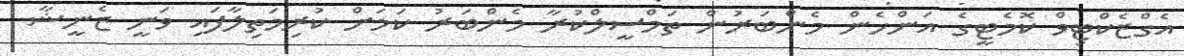
އެގްޒެކްޓިވް ކޮމެޓީގެ އަންހެން މެންބަރުން ތަމްސީލްކުރާ މެންބަރު ކަމަށް ކުރިމަތިލާފައި ވަނީ ޒެނީޝާ